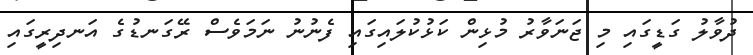
ދުވާލު ގަޑީގައި މި ޖަނަވާރު މުޅިން ކަޅުކުލައިގައި ފެނުނު ނަަމަވެސް ރޭގަނޑުގެ އަނދިރީގައި